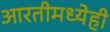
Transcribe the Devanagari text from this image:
आरतीमध्येही